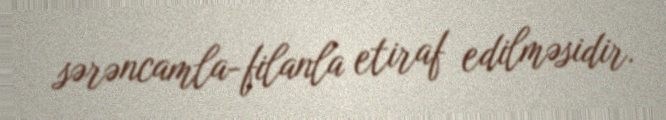
sərəncamla-filanla etiraf edilməsidir.